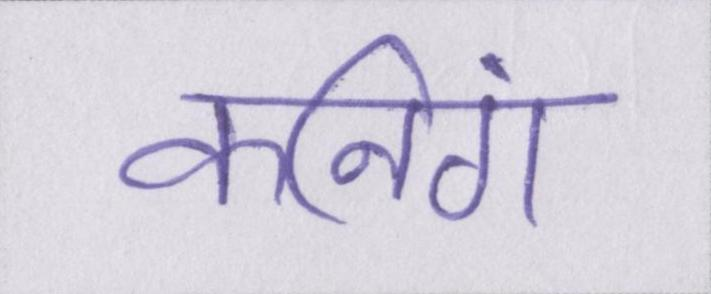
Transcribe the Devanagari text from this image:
कनिंग